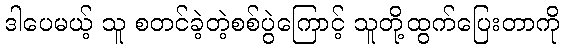
ဒါပေမယ့် သူ စတင်ခဲ့တဲ့စစ်ပွဲကြောင့် သူတို့ထွက်ပြေးတာကို